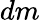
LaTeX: dm